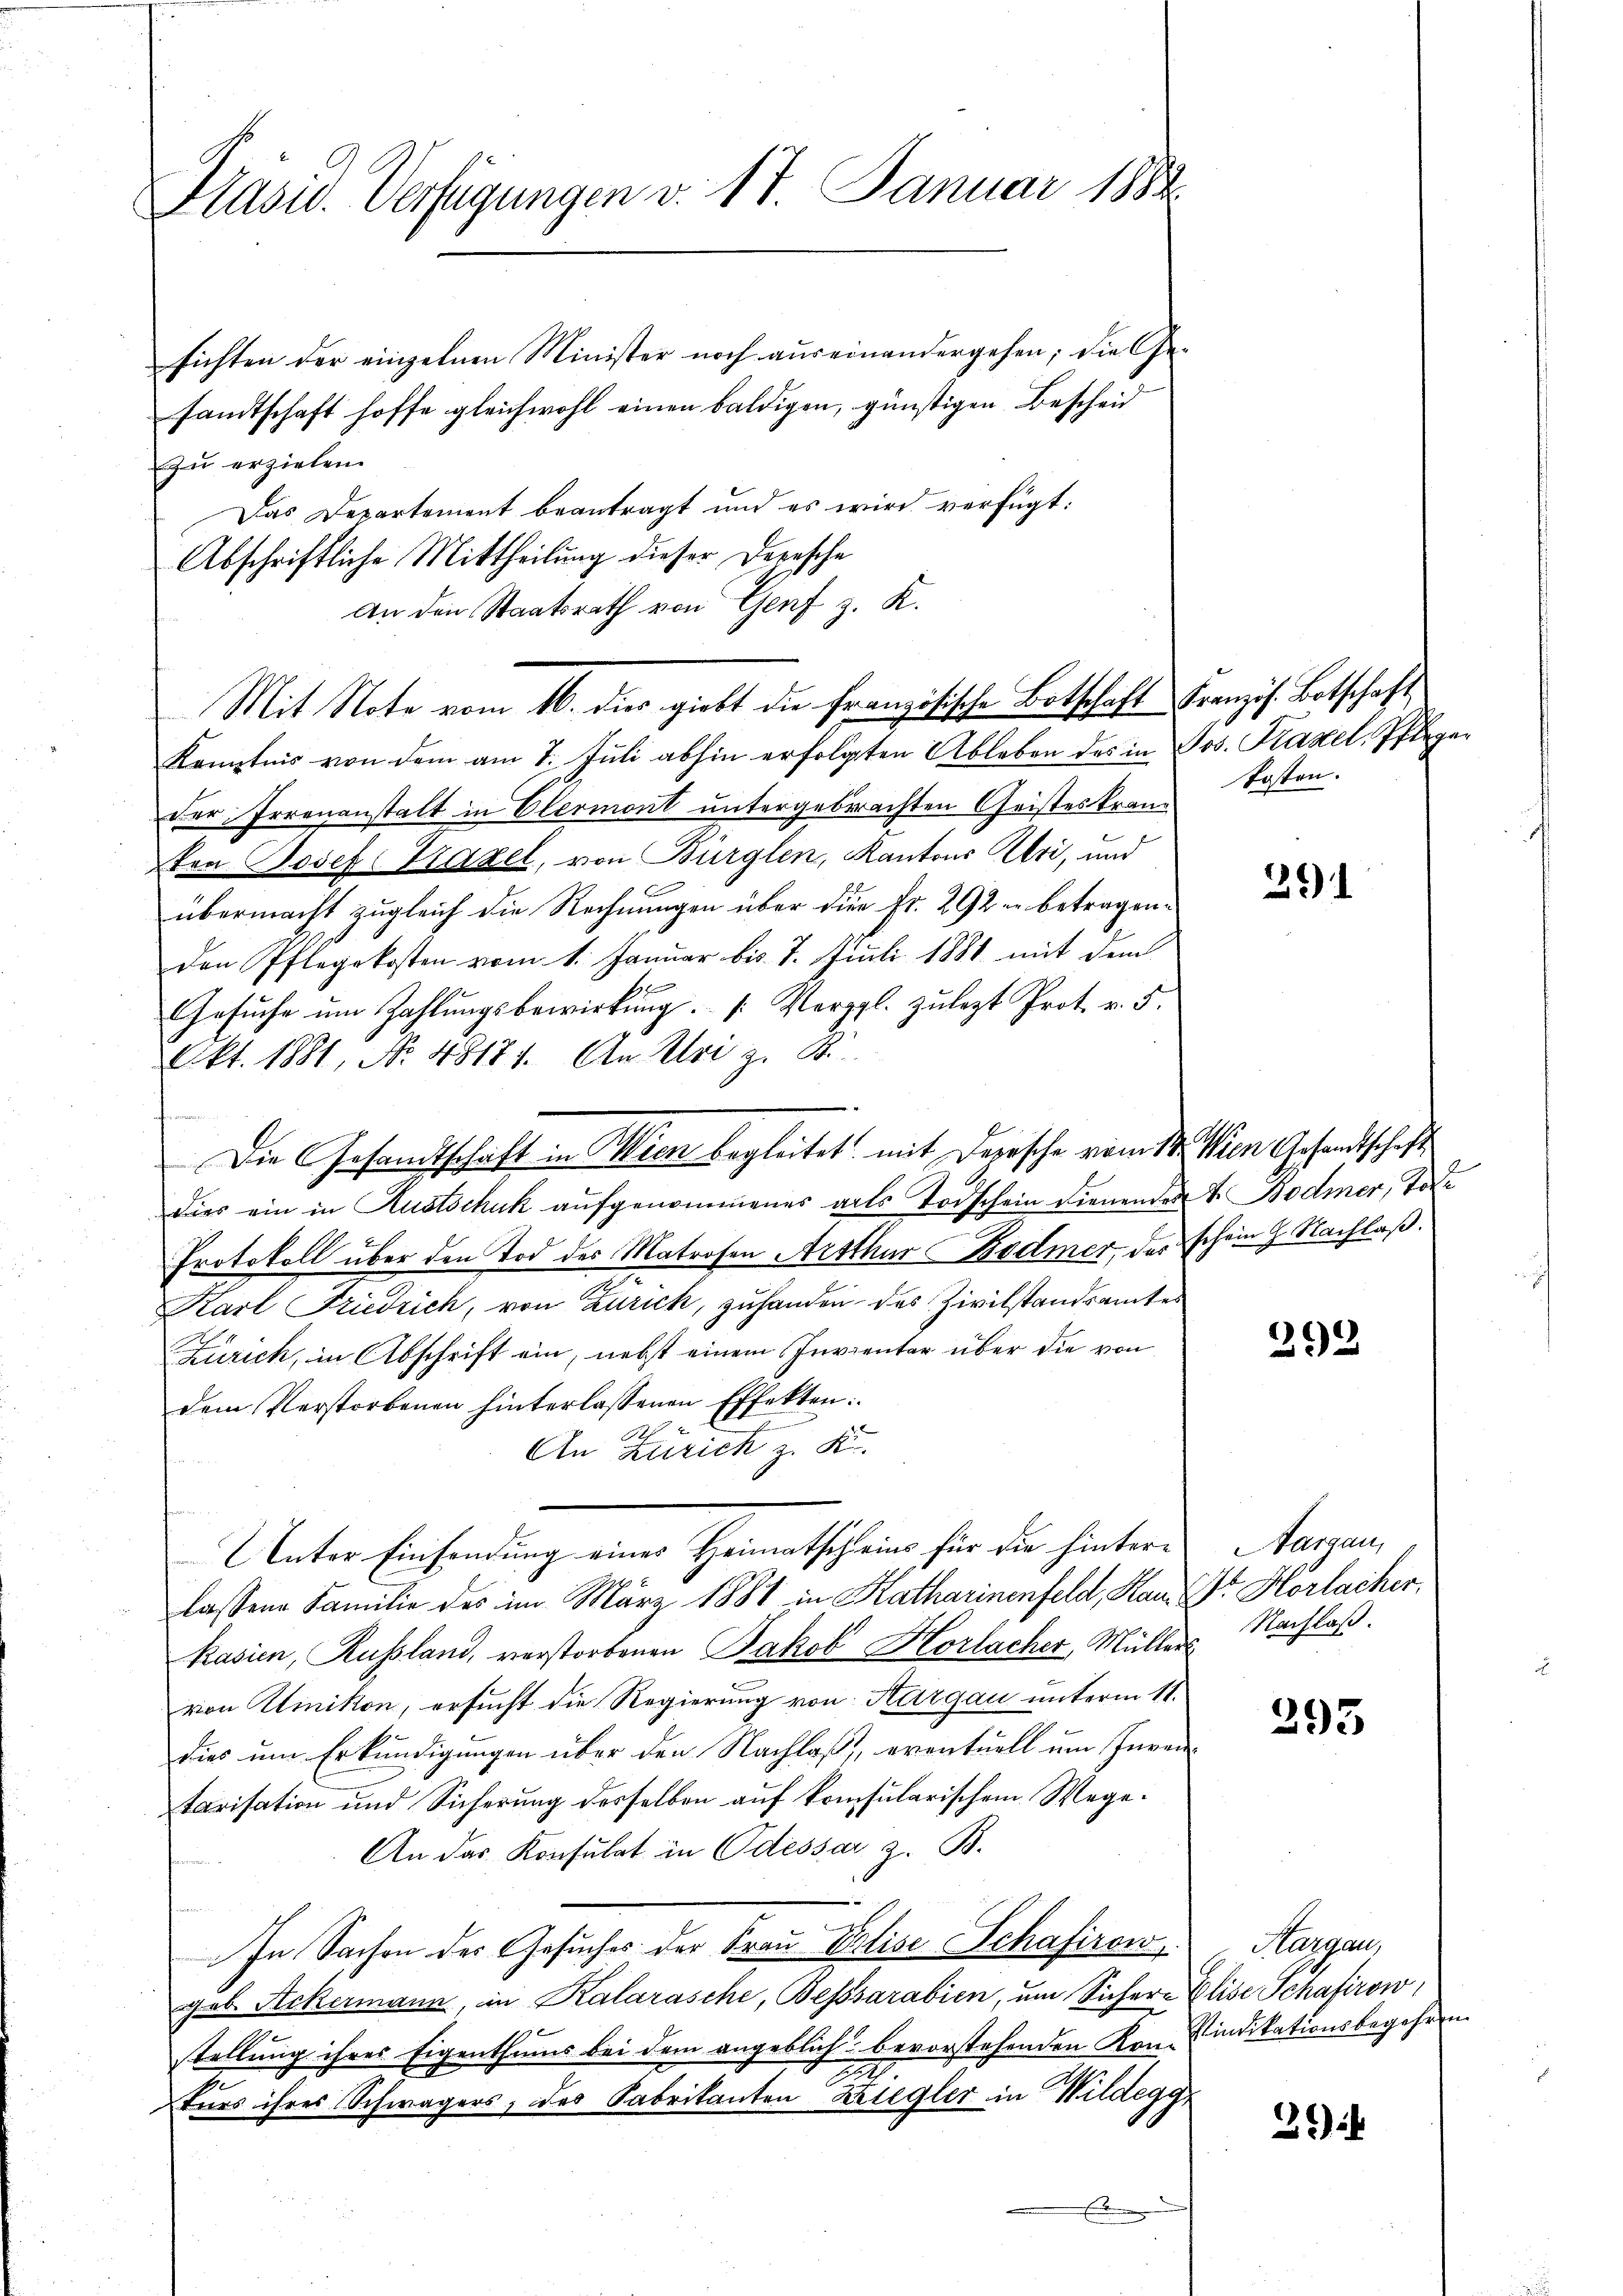
Pasid. Verfügungen v. 17. Januar 1884

sichten der einzelnen Minister noch auseinandergehen; die Gesandtschaft hoffe gleichwohl einen baldigen, günstigen Bescheid
zu erziehen.
Das Departement beantragt und es wird verfügt:
Abschriftliche Mittheilung dieser Depesche
An den Staatsrath von Genf z. K.
Kenntnis von dem am 7. Juli abhin erfolgten Ableben des in Jos. Fraxel, Pfleger
der Irrenanstalt in Elermont untergebrachten Geisteskranz
ton Josef Kadel, von Bürglen, Kantons Uri, und
übermacht zugleich die Rechnungen über die Fr. 292 in betragenden Pflegekosten vom 1. Januar bis 7. Juli 1881 mit dem
Gesuche um Zahlungsbewirkung. (: Vergl. zulezt Prot. v. 5.
Akt. 1881, No. 48171. An Uri z. B.

Dies ein in Kustschuk aufgenommenes arts Todschein dienenden 4. Bodmer, Tode
Protokoll über den Tod des Matrosen Arthur Bodmer, das schein G. Nachlaß.
Karl Friedrich, von Zurick, zuhanden des Zivilstandsamtes
Zürich, in Abschrift ein, nebst einem Invientar über die von
dem Verstorbenen hinterlassenen Effekten:
An Zürich z. K.
Unter Einsendung einer Hammatschlein für die hinterlassene Familie des im März 1881 in Katharinenfeld, Kan Dr. Horlacher,
kasien, Russland, verstorbenen Jakob Horlacher, Müllers
von Klinikon, ersucht die Regierung von Aargau unterm 11.
dies um Erkundigungen über den Nachlaß, eventuell um Inventarisation und Sicherung desselben auf konsularischem Wege.
An das Konsulat in Odessar z. B.
In Sachen der Gesuches der Frau Elise Schafirow
geb. Ackermann, in Kalarasche, Besssarabien, um Sichere
stellung ihres Eigenthums bei dem angeblich bevorstehenden Kon-indikationsbegehren
2.
2
turs ihres Schwägers, des Fabrikanten Ziegler in Wildegg
.

Mit Note vom 16. dies giebt die französische Botschaft Französ. Botschaft

Die Gesandtschaft in Wien begleitet, mit Depesche vom 14. Wien Gesandtschaft

kosten.

291

292

Aargau,
Nachlaß.

293

Aargau
Elise Schafirow,

36)